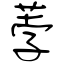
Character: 荸